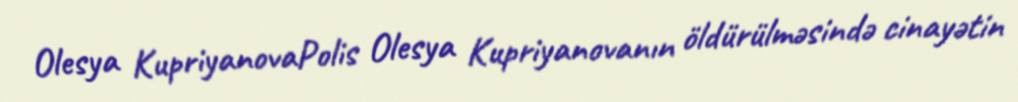
Olesya KupriyanovaPolis Olesya Kupriyanovanın öldürülməsində cinayətin